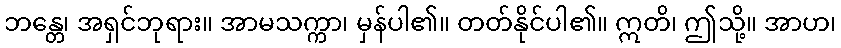
ဘန္တေ၊ အရှင်ဘုရား။ အာမသက္ကာ၊ မှန်ပါ၏။ တတ်နိုင်ပါ၏။ ဣတိ၊ ဤသို့။ အာဟ၊